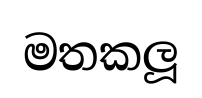
මතකලූ